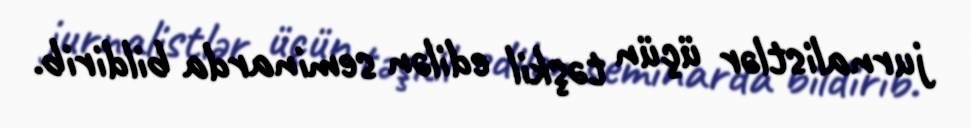
jurnalistlər üçün təşkil edilən seminarda bildirib.